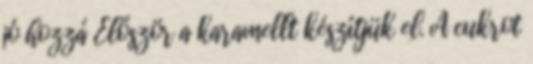
jó hozzá Először a karamellt készítjük el. A cukrot